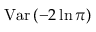
\mathrm { V a r } \left( - 2 \ln \pi \right)